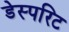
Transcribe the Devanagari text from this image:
डेस्परिट